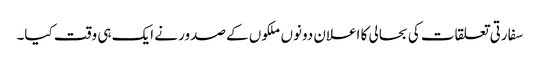
سفارتی تعلقات کی بحالی کا اعلان دونوں ملکوں کے صدور نے ایک ہی وقت کیا۔